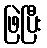
ဖြဲပြီး